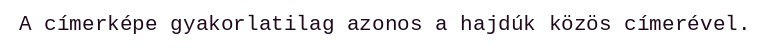
A címerképe gyakorlatilag azonos a hajdúk közös címerével.